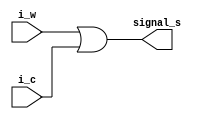
module redy_test(i_w, i_c,signal_s);

// signal_s - wyjciowy sygna

// i_w - ilosci wody wody
// i_c - ilo kawy

//porty
output signal_s;
input i_w, i_c;

assign signal_s = i_w | i_c ;

endmodule